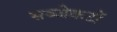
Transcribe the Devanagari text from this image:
सब्जेकटों